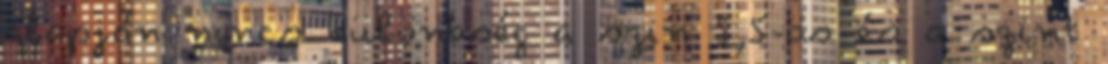
alapján nincs különbség a szin 5,5-ös és a szint